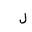
Letter: _lam